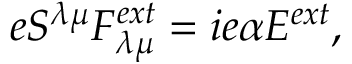
e S ^ { { \lambda } { \mu } } F _ { { \lambda } { \mu } } ^ { e x t } = i e { \alpha } { \cal E } ^ { e x t } ,